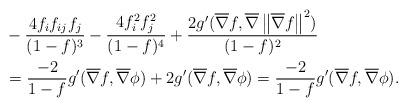
LaTeX: \begin{align*}&-\frac{4f_{i}f_{ij}f_{j}}{(1-f)^{3}}-\frac{4f^{2}_{i}f^{2}_{j}}{(1-f)^{4}}+\frac{2g'(\overline{\nabla}{f},\overline{\nabla}\left\|\overline{\nabla}{f}\right\|^{2})}{(1-f)^{2}}\\&=\frac{-2}{1-f}g'(\overline{\nabla}{f},\overline{\nabla}{\phi})+2g'(\overline{\nabla}{f},\overline{\nabla}{\phi})=\frac{-2}{1-f}g'(\overline{\nabla}{f},\overline{\nabla}{\phi}).\end{align*}